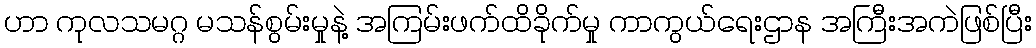
ဟာ ကုလသမဂ္ဂ မသန်စွမ်းမှုနဲ့ အကြမ်းဖက်ထိခိုက်မှု ကာကွယ်ရေးဌာန အကြီးအကဲဖြစ်ပြီး